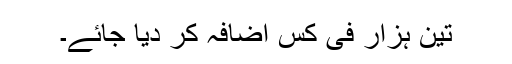
تین ہزار فی کس اضافہ کر دیا جائے۔